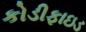
કોડીફાઇડ